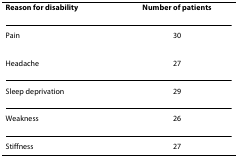
<table><thead><tr><td><b><i>Reason for disability</i></b></td><td><b><i>Number of patients</i></b></td></tr></thead><tbody><tr><td>Pain</td><td>30</td></tr><tr><td>Headache</td><td>27</td></tr><tr><td>Sleep deprivation</td><td>29</td></tr><tr><td>Weakness</td><td>26</td></tr><tr><td>Stiffness</td><td>27</td></tr></tbody></table>